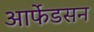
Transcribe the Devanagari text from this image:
आर्फेडसन